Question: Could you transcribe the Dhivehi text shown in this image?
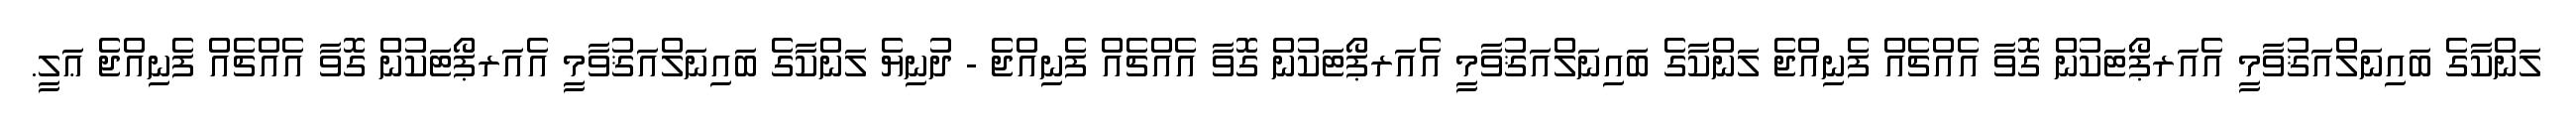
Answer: ލަންކާގެ ބައިނަލްއަޤުވާމީ އެއަރޕޯޓަކުން ގޮވާ އެއްޗެއް ފެނިއްޖެ ލަންކާގެ ބައިނަލްއަޤުވާމީ އެއަރޕޯޓަކުން ގޮވާ އެއްޗެއް ފެނިއްޖެ - ދުނިޔެ ލަންކާގެ ބައިނަލްއަޤުވާމީ އެއަރޕޯޓަކުން ގޮވާ އެއްޗެއް ފެނިއްޖެ ޢަލީ.